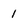
Character: 1